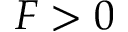
F > 0